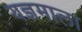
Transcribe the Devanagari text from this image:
यज्ञमाला